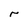
Character: r